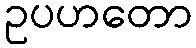
ဥပဟတော